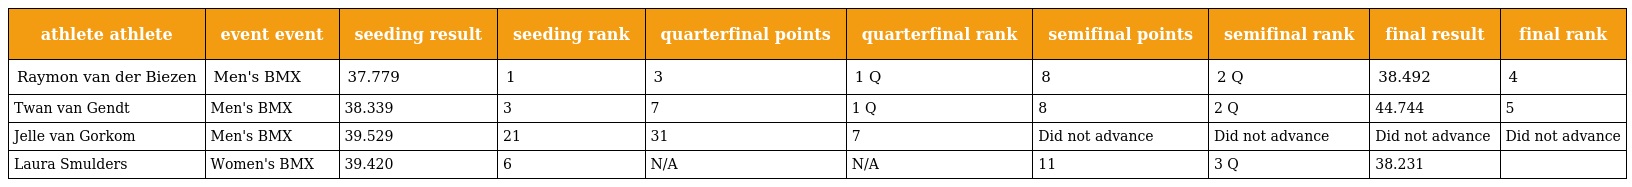
| athlete athlete | event event | seeding result | seeding rank | quarterfinal points | quarterfinal rank | semifinal points | semifinal rank | final result | final rank |
 | --- | --- | --- | --- | --- | --- | --- | --- | --- | --- |
 | Raymon van der Biezen | Men's BMX | 37.779 | 1 | 3 | 1 Q | 8 | 2 Q | 38.492 | 4 |
 | Twan van Gendt | Men's BMX | 38.339 | 3 | 7 | 1 Q | 8 | 2 Q | 44.744 | 5 |
 | Jelle van Gorkom | Men's BMX | 39.529 | 21 | 31 | 7 | Did not advance | Did not advance | Did not advance | Did not advance |
 | Laura Smulders | Women's BMX | 39.420 | 6 | N/A | N/A | 11 | 3 Q | 38.231 |  |